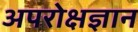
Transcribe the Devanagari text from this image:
अपरोक्षज्ञान